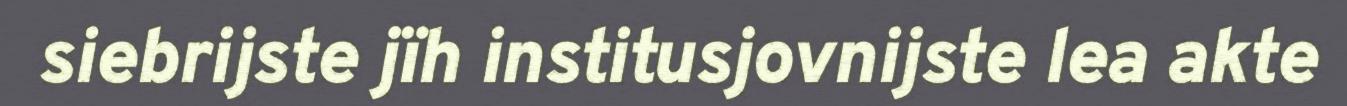
siebrijste jïh institusjovnijste lea akte